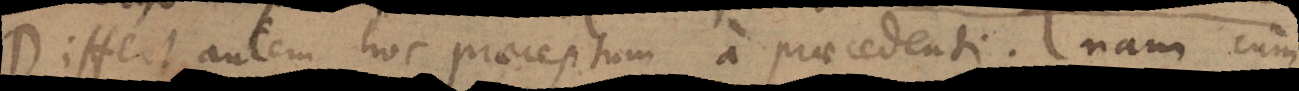
Differt autem hoc praeceptum a praecedenti; nam cum